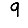
Digit: 9